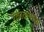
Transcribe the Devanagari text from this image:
रंकाळयाच्या